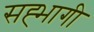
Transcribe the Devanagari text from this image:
सह्भागी